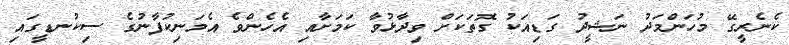
ކެނެރީގޭ މުހަންމަދު ނަޝީދު ގަޑިއަކު ގޮތަކަށް ވިދާޅުވާ ކަމަށާއި އެހެންވެ އެމަނިކުފާނުގެ ސިކުނޑީގައި